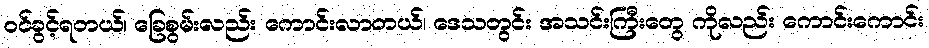
ဝင်ခွင့်ရတယ်၊ ခြေစွမ်းလည်း ကောင်းလာတယ်၊ ဒေသတွင်း အသင်းကြီးတွေ ကိုလည်း ကောင်းကောင်း